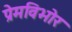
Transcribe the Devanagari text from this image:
प्रेमविभोर